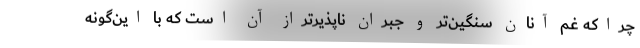
چرا‌که غم آنان سنگین‌تر و جبران ناپذیرتراز آن است که با این‌گونه